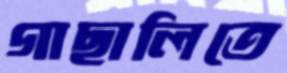
গাছালিতে